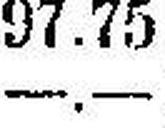
—.—